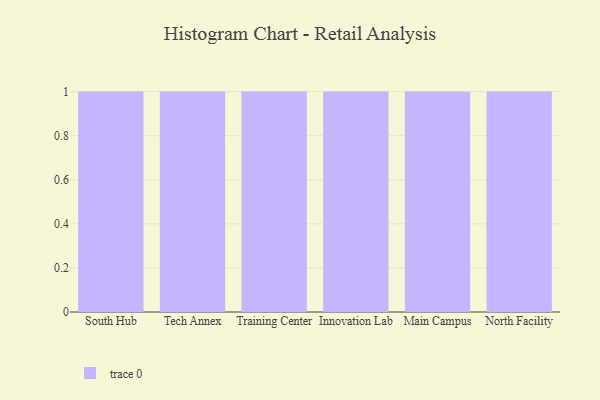
{"axis": {"x": "Campus", "y": "Market Share (%)"}, "legend": [""], "data": [{"x": "South Hub", "y": 7, "type": ""}, {"x": "Tech Annex", "y": 38, "type": ""}, {"x": "Training Center", "y": 55, "type": ""}, {"x": "Innovation Lab", "y": 26, "type": ""}, {"x": "Main Campus", "y": 77, "type": ""}, {"x": "North Facility", "y": 85, "type": ""}]}